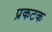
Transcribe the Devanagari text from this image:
प्रकटक